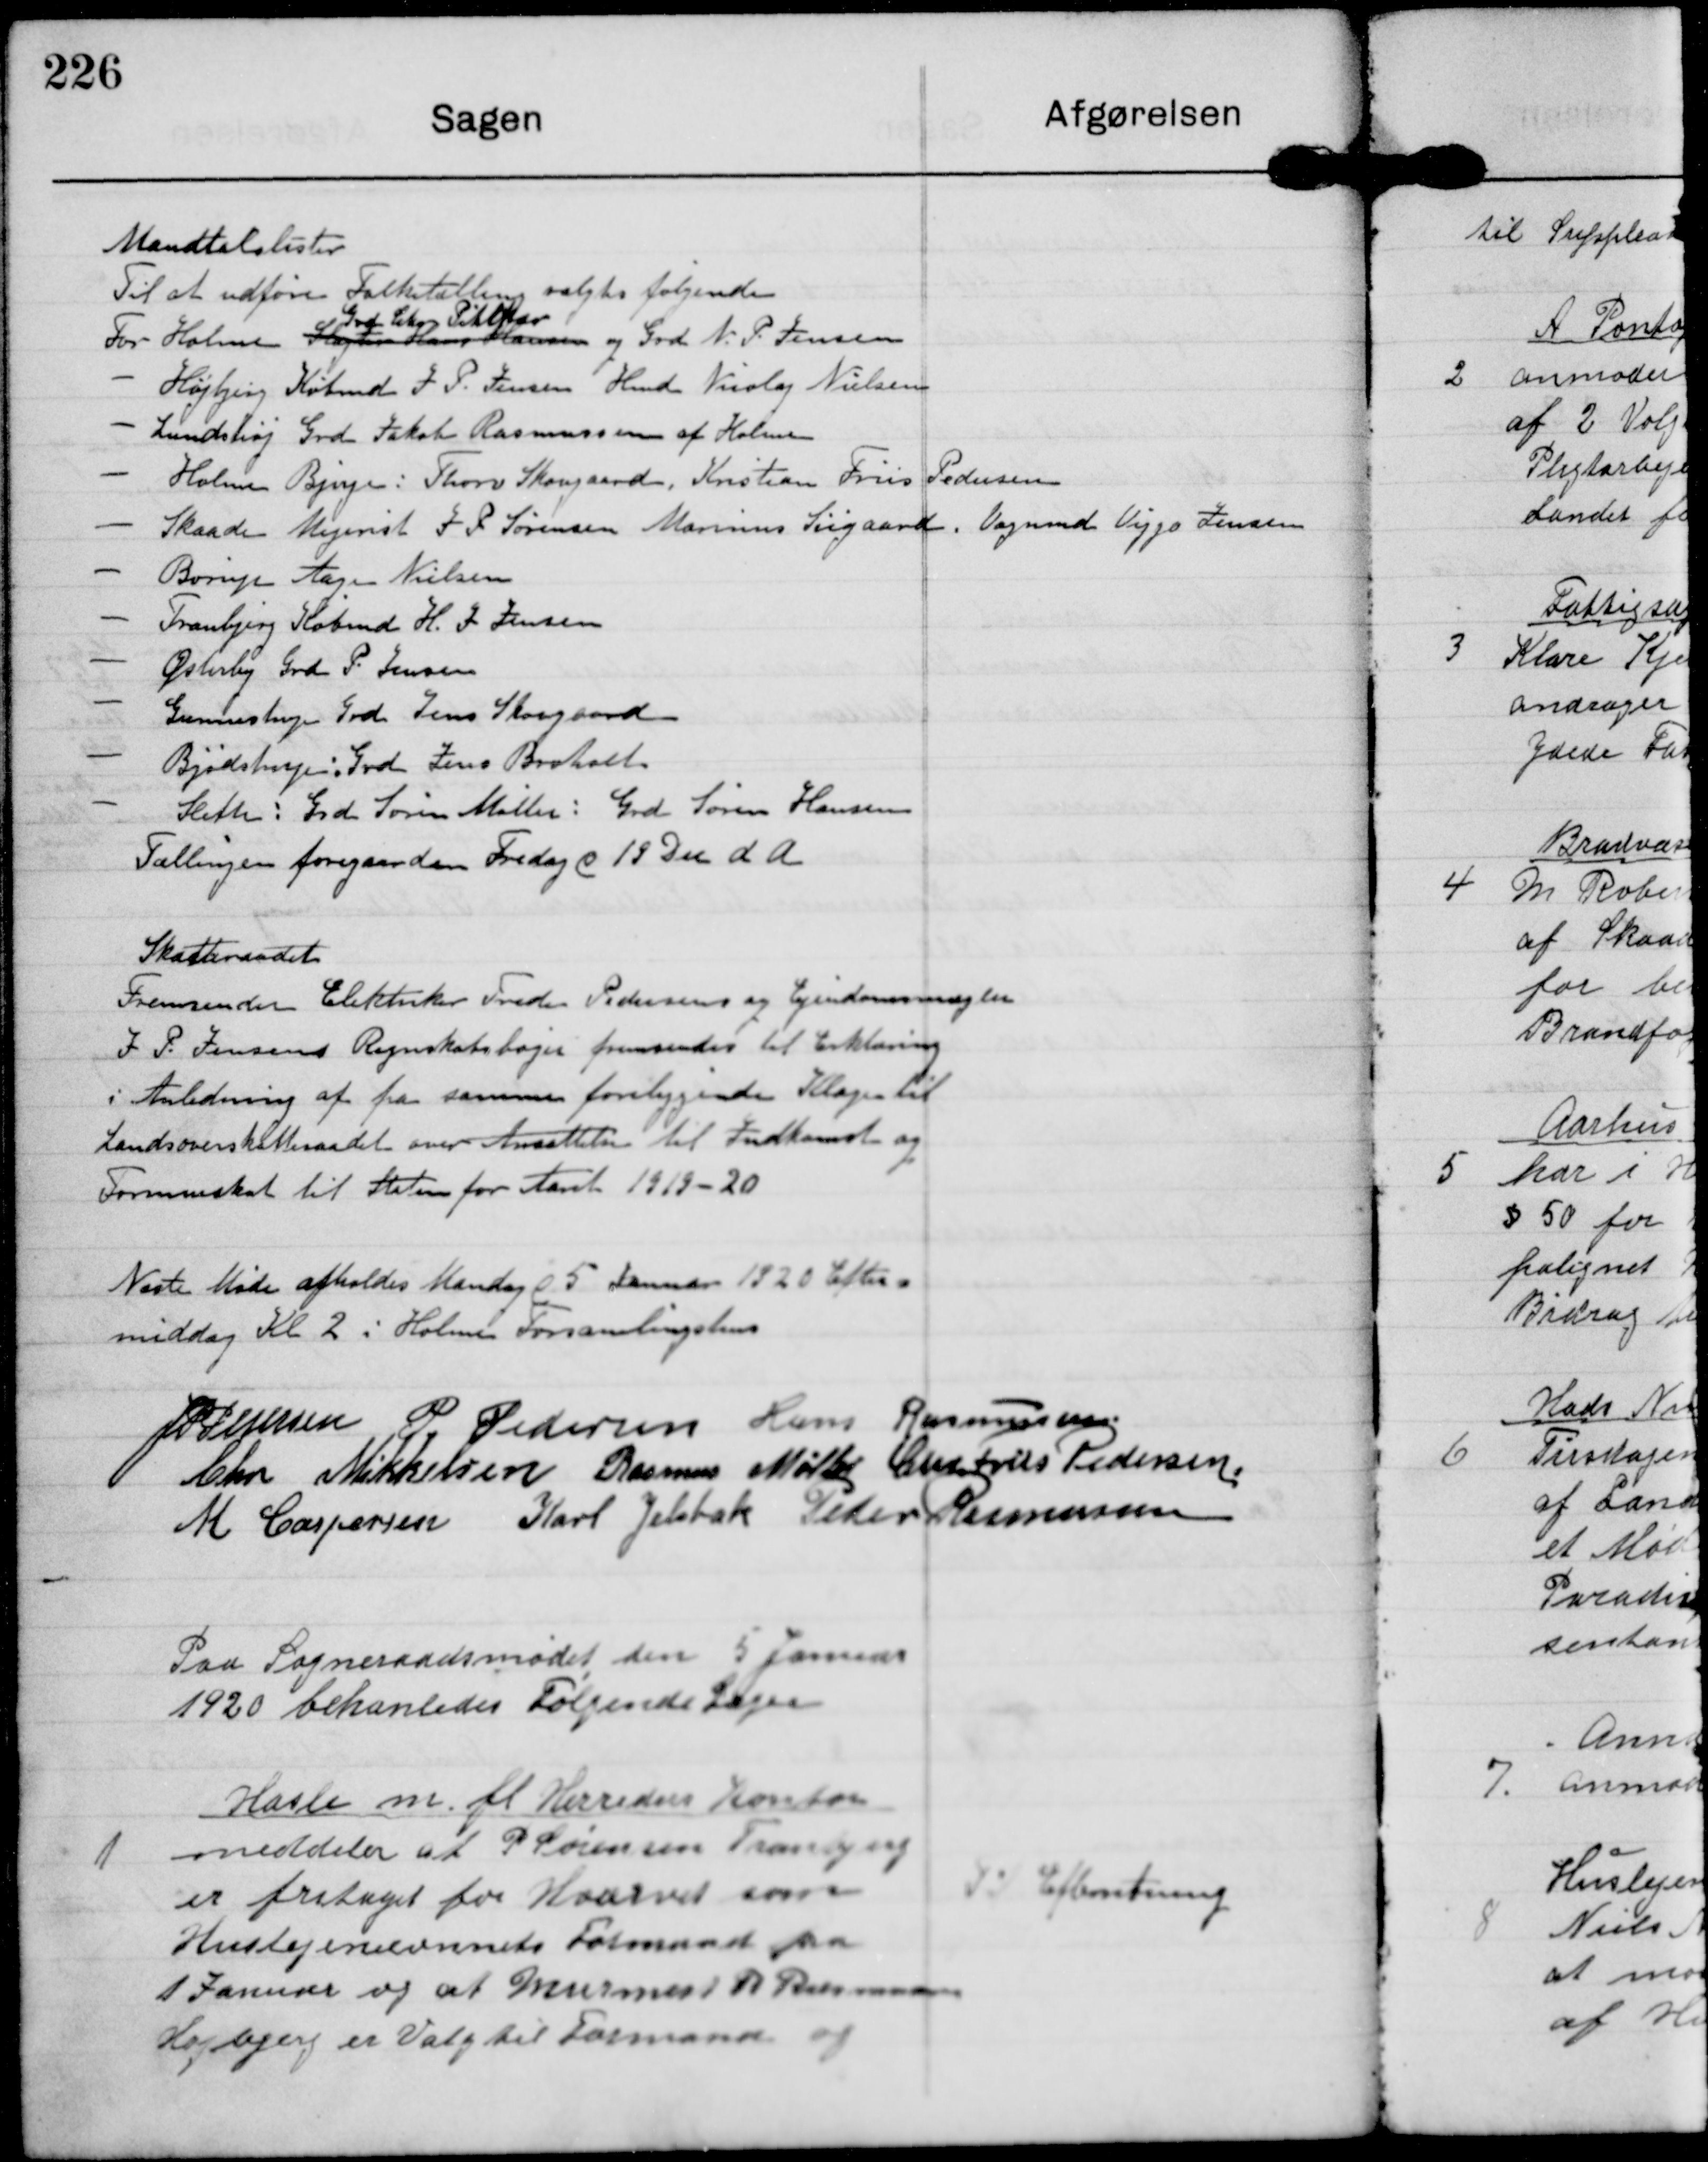
Transskription:
Mandtalslister
Til at udføre Folketælling valgtes følgende
For Holme Slagter Hans Hansen
Grd Chr Pihlkjær
og Grd N. P. Jensen
- Højbjerg Købmd J P Jensen Hmd Nicolaj Nielsen
- Lundshøj Grd Jakob Rasmussen af Holme
- Holme Bjerge: Thorv Skovgaard, Kristian Friis Pedersen
- Skaade Mejerist J P Sørensen Marinus Siigaard.  Vognmd Viggo Jensen
- Børup Aage Nielsen
- Tranbjerg Købmd H J Jensen
- Østerby Grd P. Jensen
- Gunnestrup Grd Jens Skovgaard
- Bjødstrup: Grd Jens Broholt.
- Sleth: Grd Søren Møller:  Grd Søren Hansen
Tællingen foregaar den Fredag d 18 Dec d A

Skatteraadet
Fremsender Elektriker Frede Pedersens og Ejendomsmægler
J P Jensens Regnskabsbøger fremsendes til Erklæring
i Anledning af fra samme foreliggende Klager til
Landsoverskatteraadet over Ansættelsen til Indkomst og
Formueskat til Staten for Aaret 1919-20

Næste Møde afholdes Mandag d 5 Januar 1920 Efter
middag Kl 2 i Holme Forsamlingshus

J P Pedersen P. Pedersen Hans Rasmussen
Chr. Mikkelsen Rasmus Møller Chr. Friis Pedersen
M Caspersen Karl Jelsbak Peder Rasmussen

Paa Sogneraadsmødet den 5. Januar
1920 behanledes Følgende Sager

1

Hasle m fl. Herreders Kontor
meddeler at P Sørensen Tranbjerg
er fritaget for Hvervet som
Huslejenævnets Formand fra
1 Januar og at Murermest. R Rasmussen
Højbjerg er Valg til Formand og

Til Efterretning.